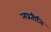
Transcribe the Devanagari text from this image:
अप्रतीति